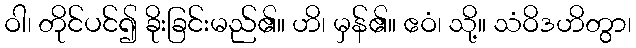
ဝါ၊ တိုင်ပင်၍ ခိုးခြင်းမည်၏။ ဟိ၊ မှန်၏။ ဧဝံ၊ သို့။ သံဝိဒဟိတွာ၊